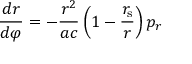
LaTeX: { \frac { d r } { d \varphi } } = - { \frac { r ^ { 2 } } { a c } } \left( 1 - { \frac { r _ { \mathrm { { s } } } } { r } } \right) p _ { r }